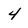
Character: 4